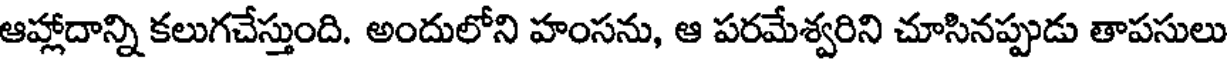
ఆహ్లాదాన్ని కలుగచేస్తుంది. అందులోని హంసను, ఆ పరమేశ్వరిని చూసినప్పుడు తాపసులు